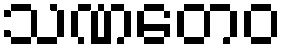
သဏတေဝ